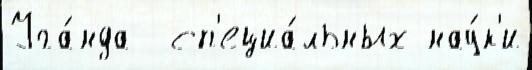
Уга́нда  сп'ециа́льных нау́к'и